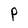
Character: P